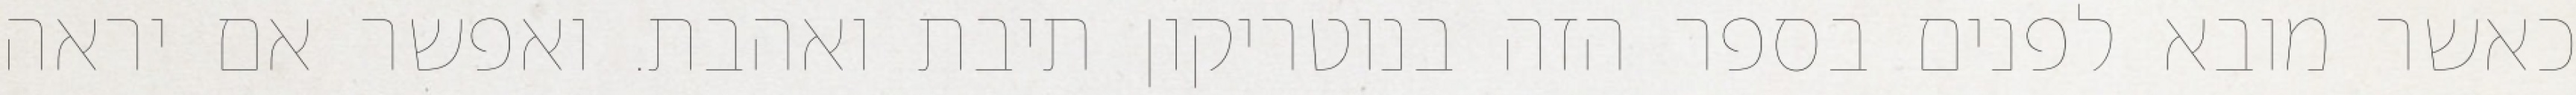
כאשר מובא לפנים בספר הזה בנוטריקון תיבת ואהבת. ואפשר אם יראה